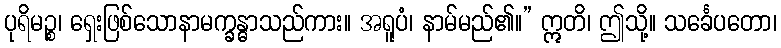
ပုရိမဉ္စ၊ ရှေးဖြစ်သောနာမက္ခန္ဓာသည်ကား။ အရူပံ၊ နာမ်မည်၏။” ဣတိ၊ ဤသို့။ သင်္ခေပတော၊